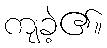
ကျခဲ့၏။